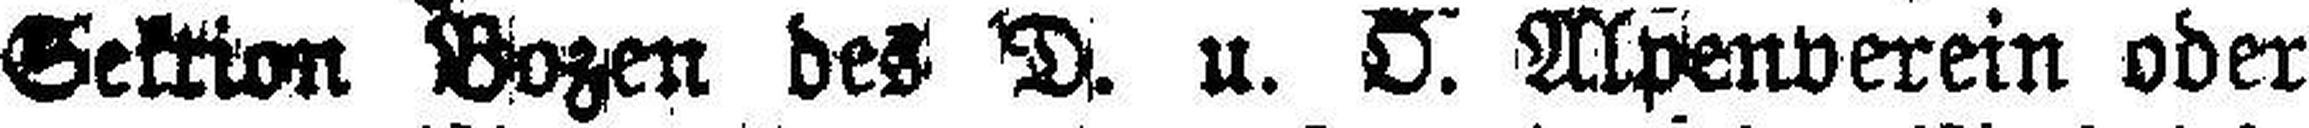
Sektion Bozen des D. u. O. Alpenverein oder